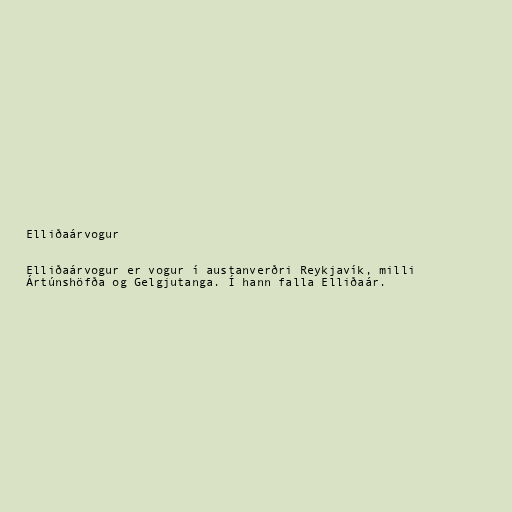
Elliðaárvogur

Elliðaárvogur er vogur í austanverðri Reykjavík, milli
Ártúnshöfða og Gelgjutanga. Í hann falla Elliðaár.